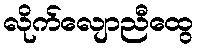
လိုက်လျောညီထွေ